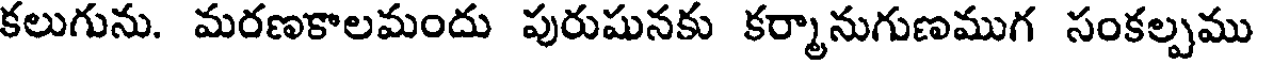
కలుగును. మరణకాలమందు పురుషునకు కర్మానుగుణముగ సంకల్పము